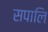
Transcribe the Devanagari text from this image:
सपालि